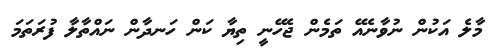
މާލެ އަކުން ނުވާނެއޭ ތަމެން ޖެހޭނީ ތިޔާ ކަން ހަނދާން ނައްތާލާ ފުރަތަމަ